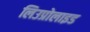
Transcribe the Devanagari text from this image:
लिउप्रोलाइड